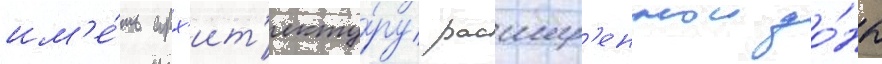
им'е́ть арх'ит'екту́ру расшир'еннои зо́ны